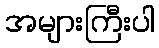
အများကြီးပါ